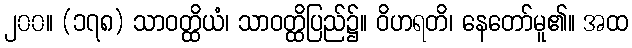
၂၀၀။ (၁၇၈) သာဝတ္ထိယံ၊ သာဝတ္ထိပြည်၌။ ဝိဟရတိ၊ နေတော်မူ၏။ အထ